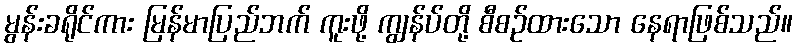
မွန်းခရိုင်ကား မြန်မာပြည်ဘက် ကူးဖို့ ကျွန်ပ်တို့ စီစဉ်ထားသော နေရာဖြစ်သည်။